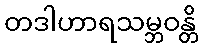
တဒါဟာရသမ္ဘဝန္တိ